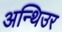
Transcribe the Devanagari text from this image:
अन्थिउर